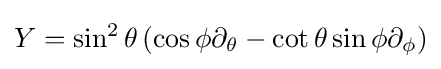
Y=\sin ^{2}\theta \,(\cos \phi \partial _{\theta }-\cot \theta \sin \phi \partial _{\phi })